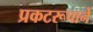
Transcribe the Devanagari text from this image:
प्रकटरूपानें